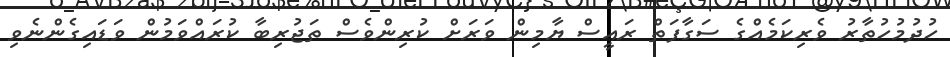
ހުދުމުހުތާރު ވެރިކަމެއްގެ ސަގާފަތް ރައީސް ޔާމިން ވަރަށް ކުރިންވެސް ތަޖުރިބާ ކުރައްވަމުން ވަޑައިގެންނެވި